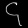
Digit: ၄